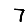
Digit: 7